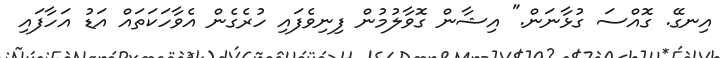
އިނގޭ. ގޮއްސަ ގުޅާނަން." އިޝާން ގޮވާލުމުން ފިނިވެފައި ހުރެގެން އެވާހަކަތައް އަޑު އަހާފައި